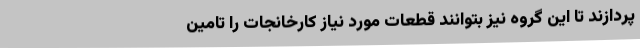
پردازند تا این گروه نیز بتوانند قطعات مورد نیاز کارخانجات را تامین